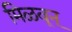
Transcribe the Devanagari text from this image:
मिळवून्